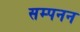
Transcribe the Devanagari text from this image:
सम्पनन